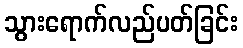
သွားရောက်လည်ပတ်ခြင်း